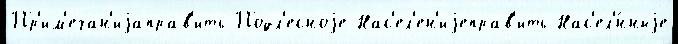
Пр'им'ечан'иjаправ'ить Подл'есноjе Нас'ел'ен'иjеправ'ить Нас'ел'́нныjе